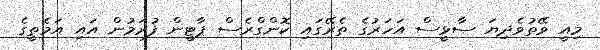
މިއީ ވޭތުވެދިޔަ ސާޅީސް އަހަރުގެ ތެރޭގައި ކޮންގްރެސް ޕާޓީން ފުރަމުން އައި އަމެތީގެ